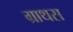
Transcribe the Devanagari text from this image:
ग्राथस